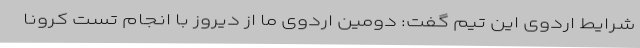
شرایط اردوی این تیم گفت: دومین اردوی ما از دیروز با انجام تست کرونا